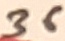
Text: 36